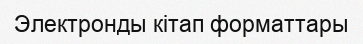
Электронды кітап форматтары